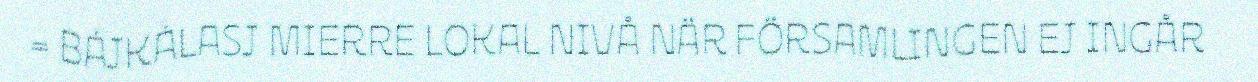
= BÁJKÁLASJ MIERRE LOKAL NIVÅ NÄR FÖRSAMLINGEN EJ INGÅR